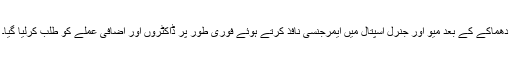
دھماکے کے بعد میو اور جنرل اسپتال میں ایمرجنسی نافذ کرتے ہوئے فوری طور پر ڈاکٹروں اور اضافی عملے کو طلب کرلیا گیا۔